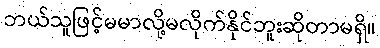
ဘယ်သူဖြင့်မမာလို့မလိုက်နိုင်ဘူးဆိုတာမရှိ။